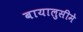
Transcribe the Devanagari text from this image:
बायालुसीमे